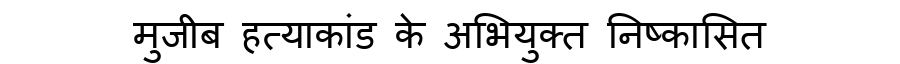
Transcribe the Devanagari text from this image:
मुजीब हत्याकांड के अभियुक्त निष्कासित